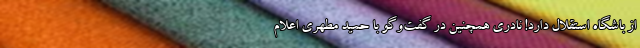
از باشگاه استقلال دارد! نادری همچنین در گفت‌وگو با حمید مطهری اعلام